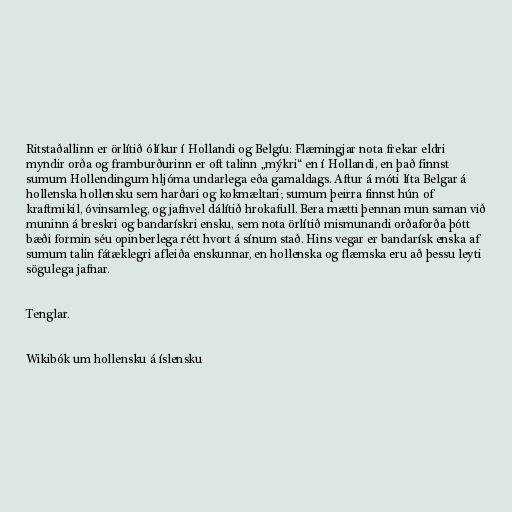
Ritstaðallinn er örlítið ólíkur í Hollandi og Belgíu: Flæmingjar nota frekar eldri
myndir orða og framburðurinn er oft talinn „mýkri“ en í Hollandi, en það finnst
sumum Hollendingum hljóma undarlega eða gamaldags. Aftur á móti líta Belgar á
hollenska hollensku sem harðari og kokmæltari; sumum þeirra finnst hún of
kraftmikil, óvinsamleg, og jafnvel dálítið hrokafull. Bera mætti þennan mun saman við
muninn á breskri og bandarískri ensku, sem nota örlítið mismunandi orðaforða þótt
bæði formin séu opinberlega rétt hvort á sínum stað. Hins vegar er bandarísk enska af
sumum talin fátæklegri afleiða enskunnar, en hollenska og flæmska eru að þessu leyti
sögulega jafnar.

Tenglar.

Wikibók um hollensku á íslensku